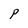
Character: P